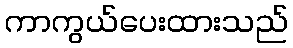
ကာကွယ်ပေးထားသည်